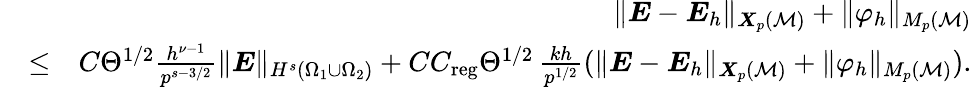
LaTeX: \begin{array}{rlr}&{}&{\| {\boldsymbol{E}}-{\boldsymbol{E}}_{h}\| _{{\boldsymbol{X}}_{p}({\cal M})}+\| \varphi_{h}\| _{M_{p}({\cal M})}}\\ &{\le}&{C\Theta^{1/2}\frac{h^{\nu-1}}{p^{s-3/2}}\| {\boldsymbol{E}}\| _{H^{s}(\Omega_{1}\cup\Omega_{2})}+CC_{\mathrm{reg}}\Theta^{1/2}\, \frac{kh}{p^{1/2}}(\| {\boldsymbol{E}}-{\boldsymbol{E}}_{h}\| _{{\boldsymbol{X}}_{p}({\cal M})}+\| \varphi_{h}\| _{M_{p}({\cal M})}).}\end{array}